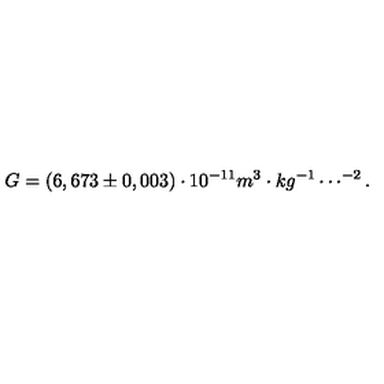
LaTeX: G = ( 6 , 6 7 3 \pm 0 , 0 0 3 ) \cdot 1 0 ^ { - 1 1 } m ^ { 3 } \cdot k g ^ { - 1 } \cdots ^ { - 2 } .